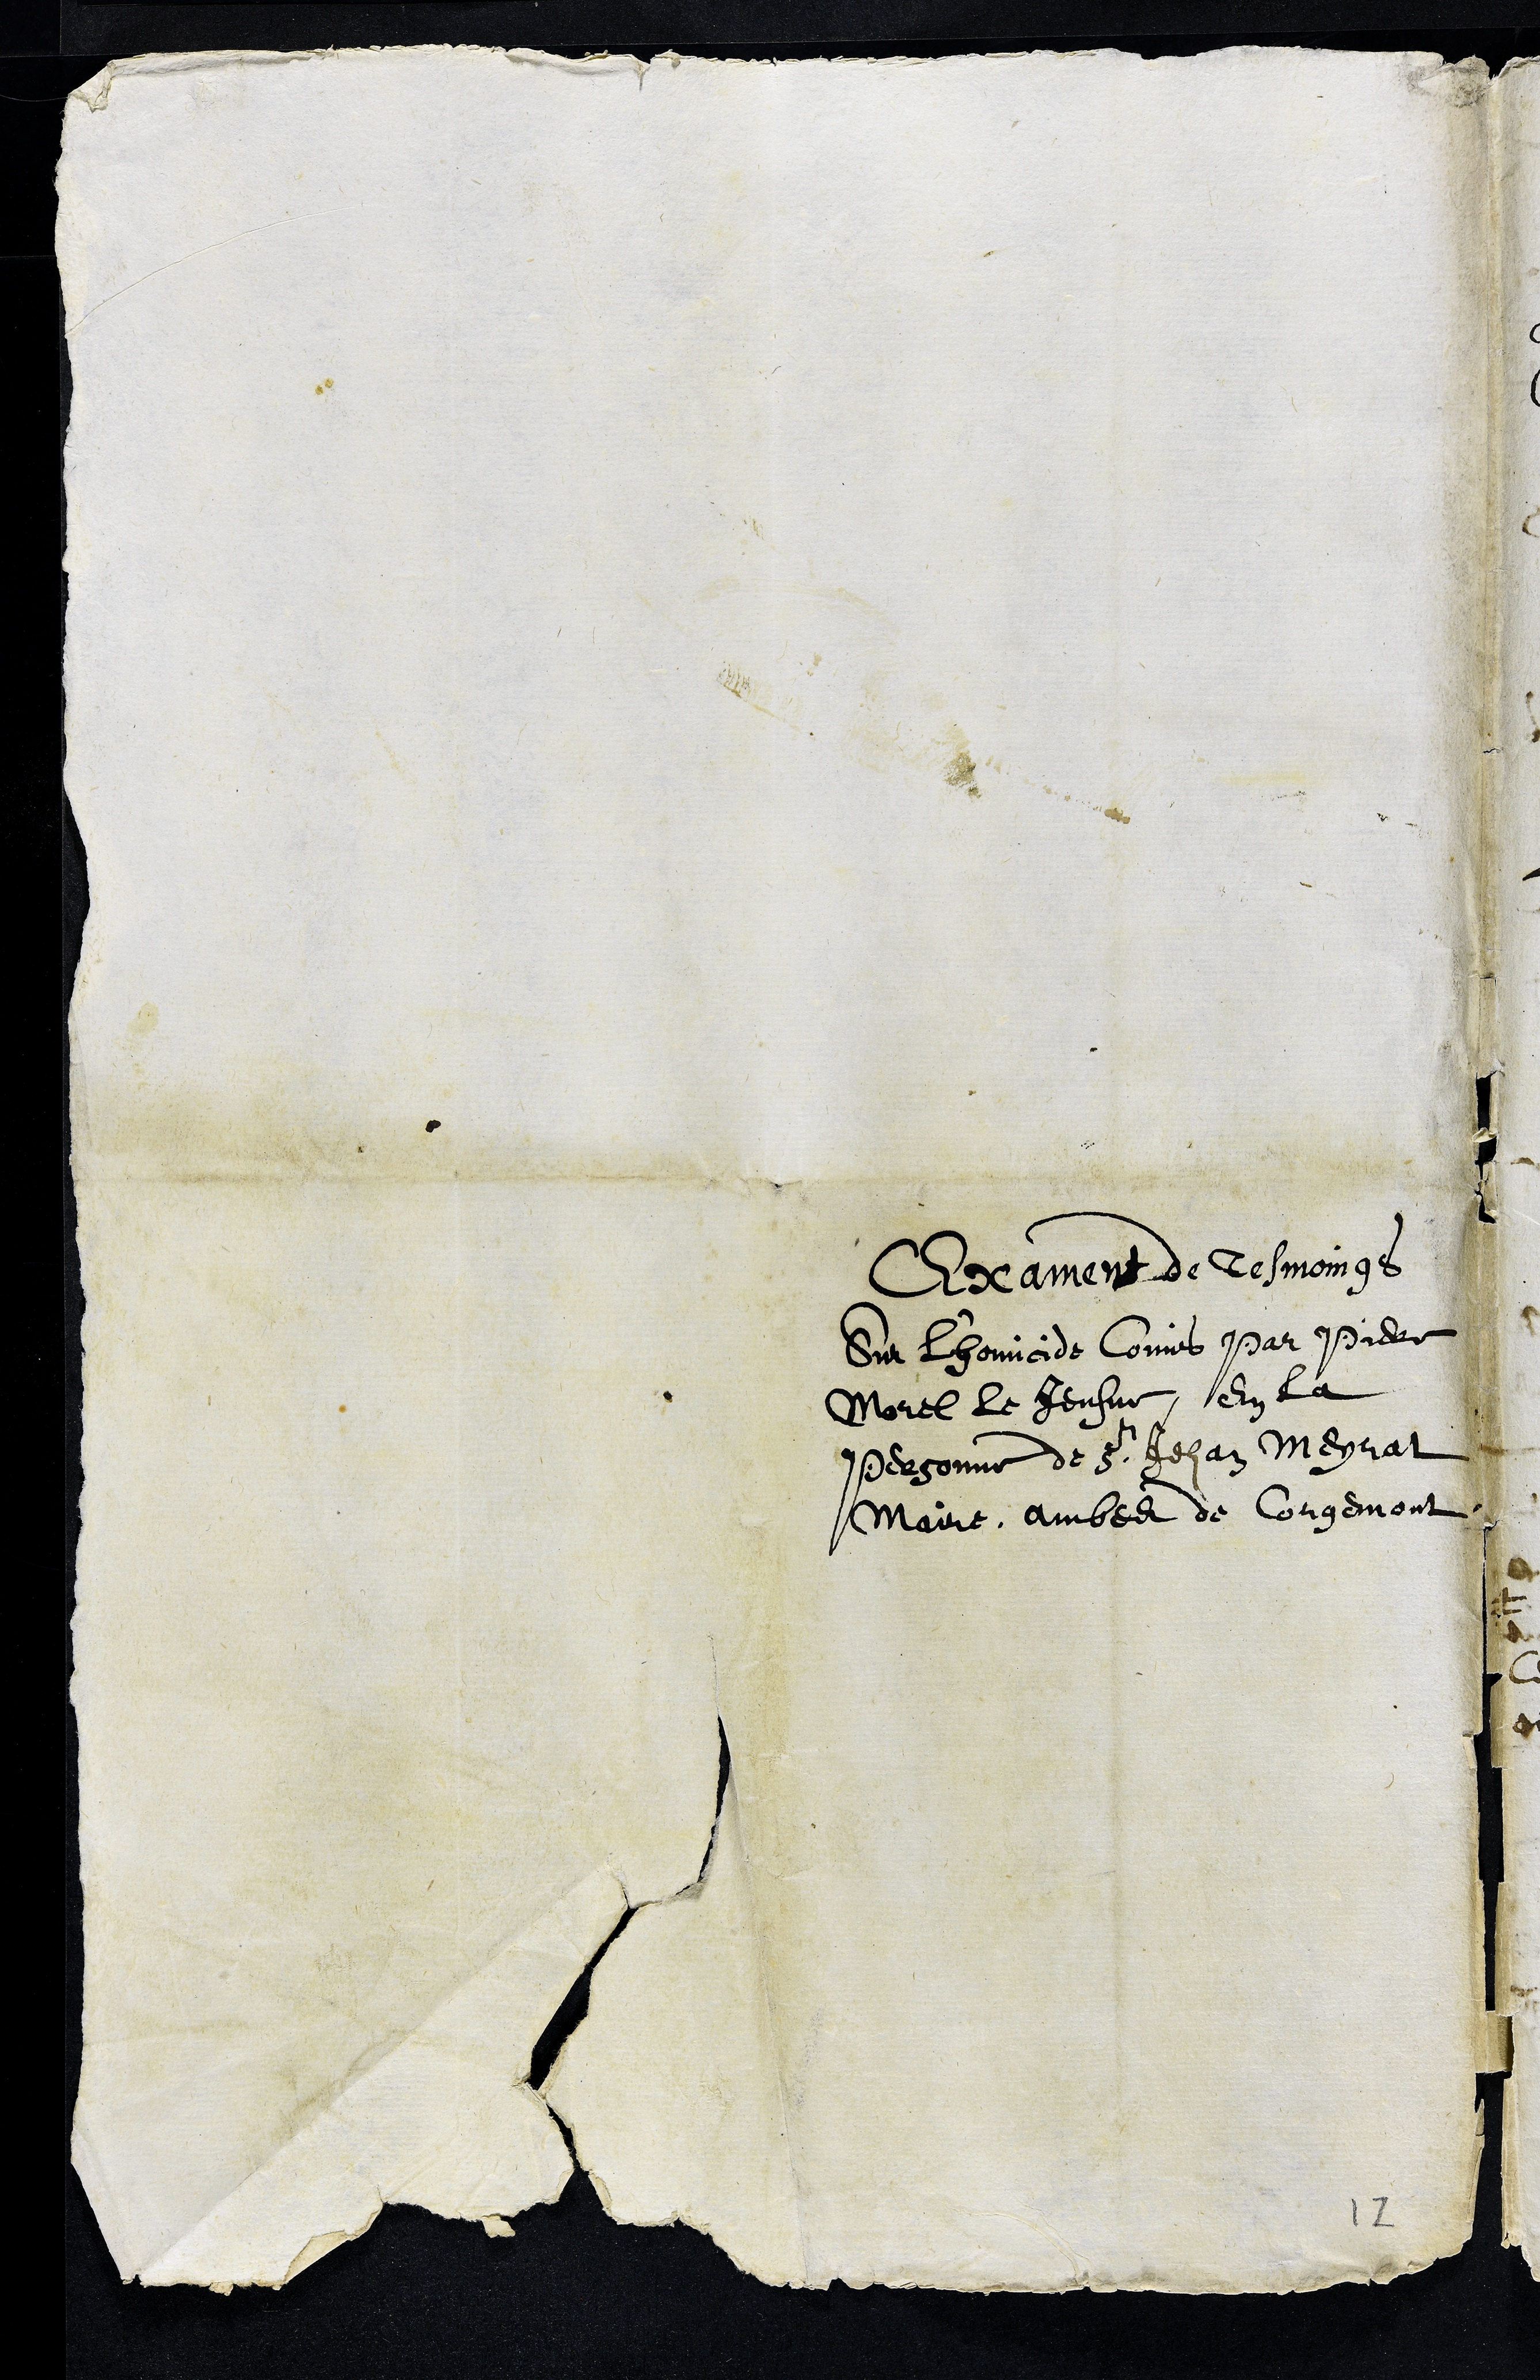
Exament de Tesmoings
Sur L'homicide Comis Par Piere
Morel Le Jeusne En La
Personne de Sr Jehan Meyrat
Maire, ambes de Corgemont
12